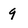
Character: 9